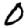
Digit: 0